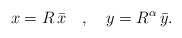
\begin{align*}x=R\,\bar{x}\quad ,\quad y=R^\alpha\,\bar{y} . \end{align*}